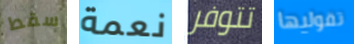
سقط نعمة تتوفر تقوليها